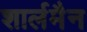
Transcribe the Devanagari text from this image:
शार्लमैन